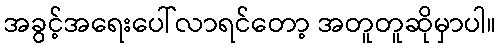
အခွင့်အရေးပေါ်လာရင်တော့ အတူတူဆိုမှာပါ။